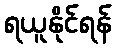
ရယူနိုင်ရန်